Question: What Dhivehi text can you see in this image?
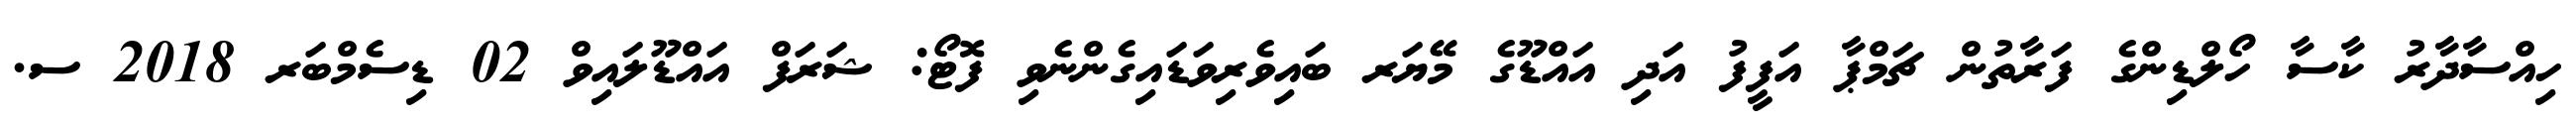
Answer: ހިއްސާދާރު ކާސާ ހޯލްޑިންގެ ފަރާތުން ޗަމްޕާ އަފީފު އަދި އައްޑޫގެ މޭޔަރ ބައިވެރިވަޑައިގެންނެވި ފޮޓޯ: ޝަރަފް އައްޑޫލައިވް 02 ޑިސެމްބަރ 2018 ސ.